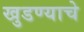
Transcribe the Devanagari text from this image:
खुडण्याचे